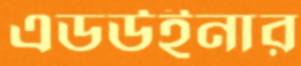
এডউইনার